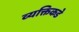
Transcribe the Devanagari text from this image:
व्यक्तिकडे